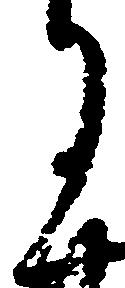
月